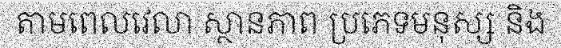
តាមពេលវេលា ស្ថានភាព ប្រភេទមនុស្ស និង